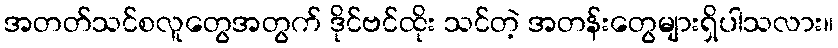
အတတ်သင်စလူတွေအတွက် ဒိုင်ဗင်ထိုး သင်တဲ့ အတန်းတွေများရှိပါသလား။